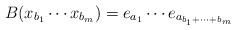
LaTeX: \begin{align*}B(x_{b_{1}}\cdots x_{b_{m}})=e_{a_{1}}\cdots e_{a_{b_{1}+\cdots+b_{m}}}\end{align*}